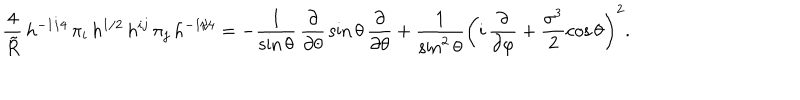
\frac { 4 } { \tilde { R } } \, h ^ { - 1 / 4 } \, \pi _ { i } \, h ^ { 1 / 2 } \, h ^ { i j } \, \pi _ { j } \, h ^ { - 1 / 4 } = - \frac { 1 } { \sin \theta } \, \frac { \partial } { \partial \theta } \, \sin \theta \, \frac { \partial } { \partial \theta } + \frac { 1 } { \sin ^ { 2 } \theta } \left( i \, \frac { \partial } { \partial \varphi } + \frac { \sigma ^ { 3 } } { 2 } \cos \theta \right) ^ { 2 } . \nonumber